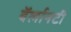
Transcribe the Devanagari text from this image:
बॅर्लानटी